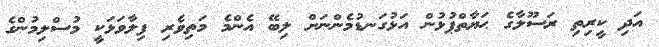
އަދި ކީރިތި ރަސޫލާގެ ޙަޔާތްޕުޅުން އަޅުގަނޑުމެންނަށް ލިބޭ އެންމެ މަތިވެރި ފިލާވަޅަކީ މުސްލިމުންގެ